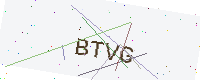
Text: BTVG